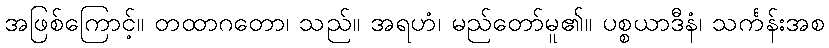
အဖြစ်ကြောင့်။ တထာဂတော၊ သည်။ အရဟံ၊ မည်တော်မူ၏။ ပစ္စယာဒီနံ၊ သင်္ကန်းအစ